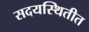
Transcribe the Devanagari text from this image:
सदयस्थितीत